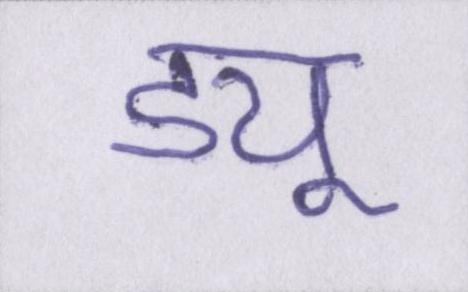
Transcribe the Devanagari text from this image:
ड्यू